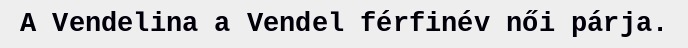
A Vendelina a Vendel férfinév női párja.